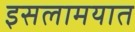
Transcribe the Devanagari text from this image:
इसलामयात